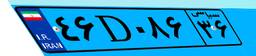
۴۶D۰۸۶۳۶